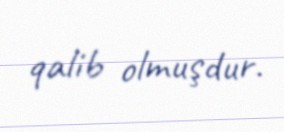
qalib olmuşdur.